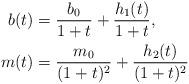
LaTeX: \begin{align*}b(t) &= \frac{b_0}{1+t} + \frac{h_1(t)}{1+t}, \\m(t) &= \frac{m_0}{(1+t)^2} +\frac{h_2(t)}{(1+t)^2}\end{align*}